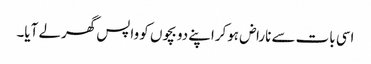
اسی بات سے ناراض ہوکراپنے دو بچوں کو واپس گھرلے آیا۔